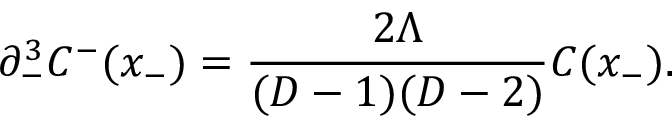
\partial _ { - } ^ { 3 } C ^ { - } ( x _ { - } ) = \frac { 2 \Lambda } { ( D - 1 ) ( D - 2 ) } C ( x _ { - } ) .